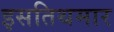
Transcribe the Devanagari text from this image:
इसतिथमार